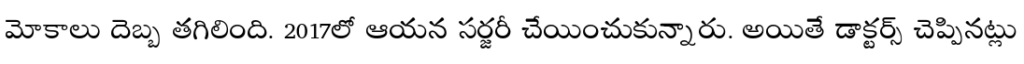
మోకాలు దెబ్బ తగిలింది. 2017లో ఆయన సర్జరీ చేయించుకున్నారు. అయితే డాక్టర్స్ చెప్పినట్లు